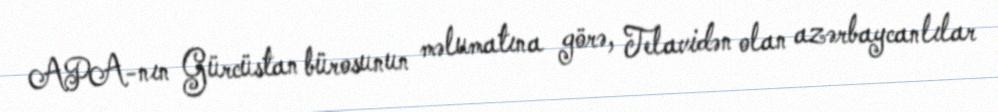
APA-nın Gürcüstan bürosunun məlumatına görə, Telavidən olan azərbaycanlılar